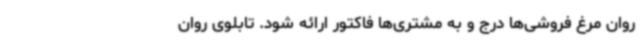
روان مرغ فروشی‌ها درج و به مشتری‌ها فاکتور ارائه شود. تابلوی روان